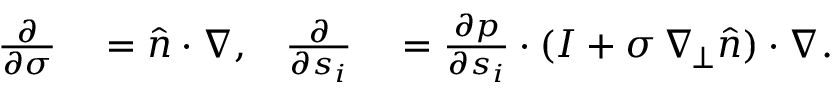
\begin{array} { r l r l } { \frac { \partial } { \partial \sigma } } & { { } = \widehat { n } \cdot \nabla , } & { \frac { \partial } { \partial s _ { i } } } & { { } = \frac { \partial p } { \partial s _ { i } } \cdot ( I + \sigma \, \nabla _ { \! \bot } \widehat { n } ) \cdot \nabla . } \end{array}